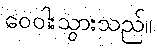
ဝေဝါးသွားသည်။